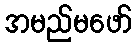
အမည်မဖော်